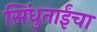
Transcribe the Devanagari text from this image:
सिंधुताईंचा